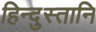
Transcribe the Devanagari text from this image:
हिन्दुस्तानि